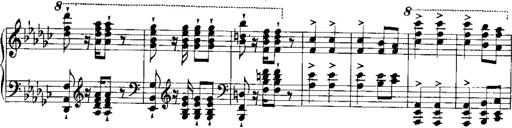
Title: RÃ©miniscences de Norma de Bellini
Composer: Franz Liszt